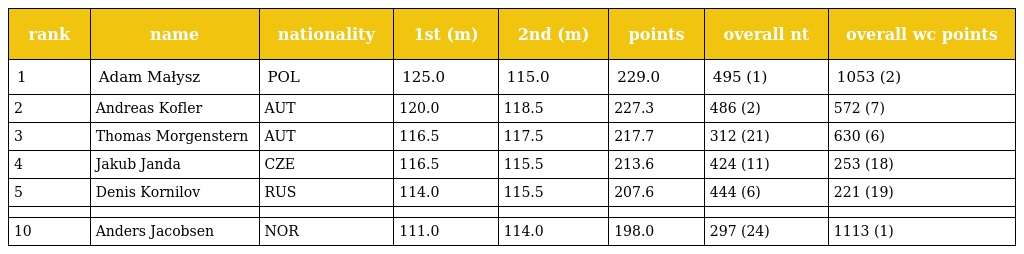
| rank | name | nationality | 1st (m) | 2nd (m) | points | overall nt | overall wc points |
 | --- | --- | --- | --- | --- | --- | --- | --- |
 | 1 | Adam Małysz | POL | 125.0 | 115.0 | 229.0 | 495 (1) | 1053 (2) |
 | 2 | Andreas Kofler | AUT | 120.0 | 118.5 | 227.3 | 486 (2) | 572 (7) |
 | 3 | Thomas Morgenstern | AUT | 116.5 | 117.5 | 217.7 | 312 (21) | 630 (6) |
 | 4 | Jakub Janda | CZE | 116.5 | 115.5 | 213.6 | 424 (11) | 253 (18) |
 | 5 | Denis Kornilov | RUS | 114.0 | 115.5 | 207.6 | 444 (6) | 221 (19) |
 |  |  |  |  |  |  |  |  |
 | 10 | Anders Jacobsen | NOR | 111.0 | 114.0 | 198.0 | 297 (24) | 1113 (1) |